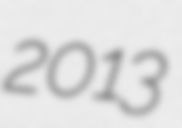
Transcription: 2013